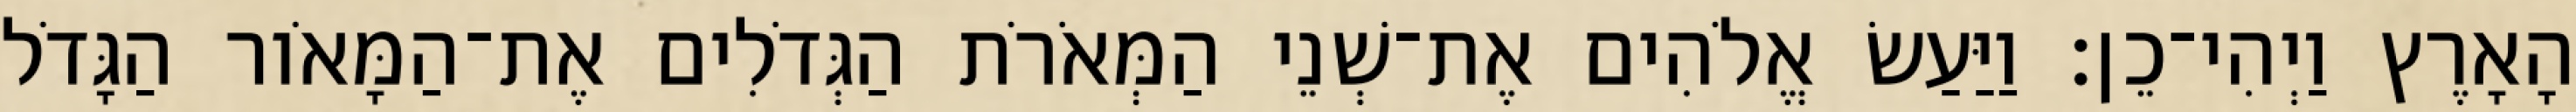
הָאָרֶץ וַיְהִי־כֵן׃ וַיַּעַשׂ אֱלֹהִים אֶת־שְׁנֵי הַמְּאֹרֹת הַגְּדֹלִים אֶת־הַמָּאֹור הַגָּדֹל